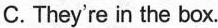
C.They're in the box.